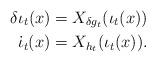
LaTeX: \begin{align*}\delta\iota_t(x)=X_{\delta g_t}(\iota_t(x))\\\dot{\iota}_t(x)=X_{h_t}(\iota_t(x)).\end{align*}